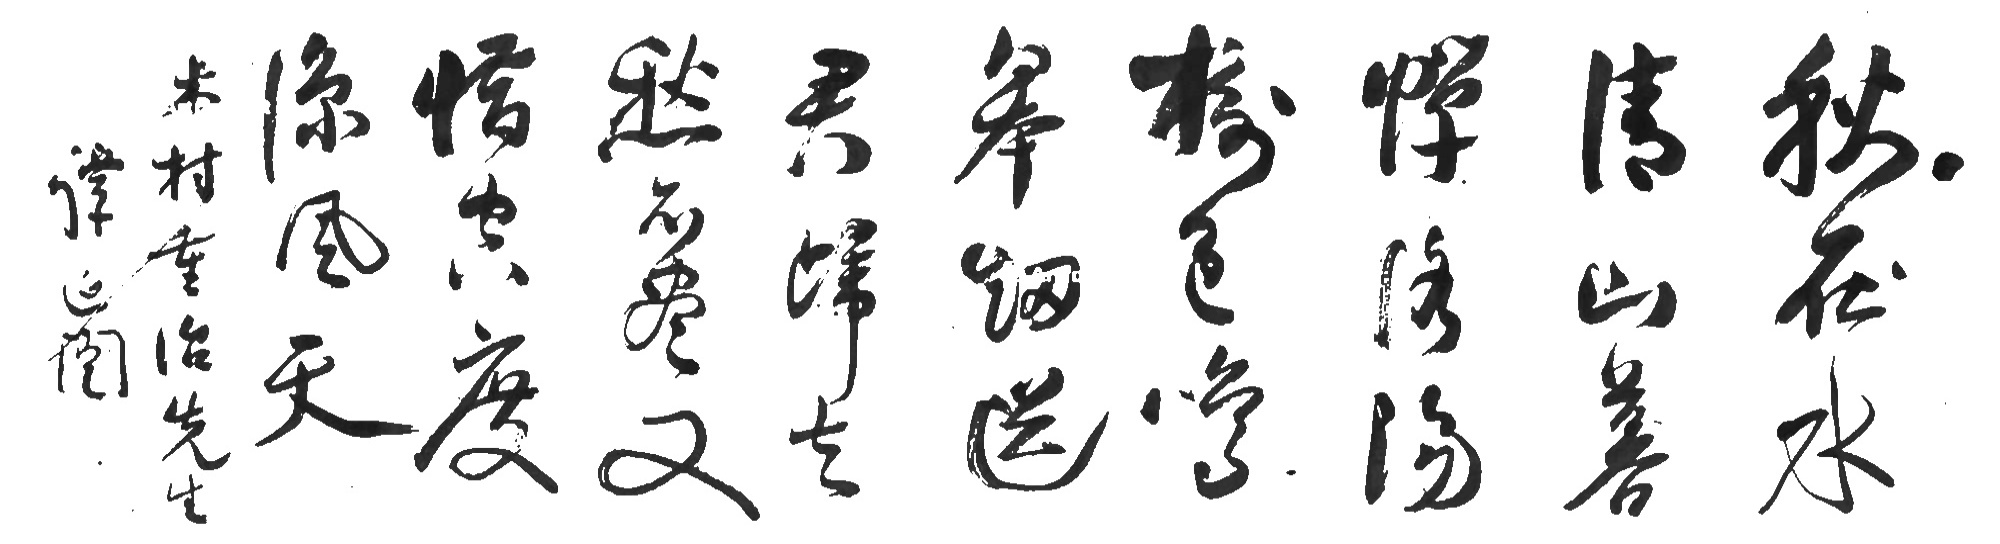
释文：秋在水清山善蝉，洛阳树色鸣皋烟。送君归去愁不尽，又惜空度凉风天。木村重治先生，谭延闿。